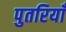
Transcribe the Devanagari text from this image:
पुतरियाँ